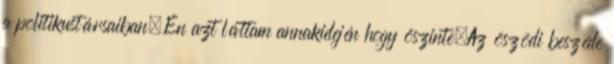
a politikustársaiban.Én azt láttam annakidején hogy öszinte.Az öszödi beszéde